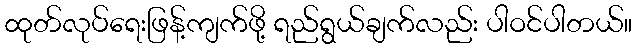
ထုတ်လုပ်ရေးဖြန့်ကျက်ဖို့ ရည်ရွယ်ချက်လည်း ပါဝင်ပါတယ်။